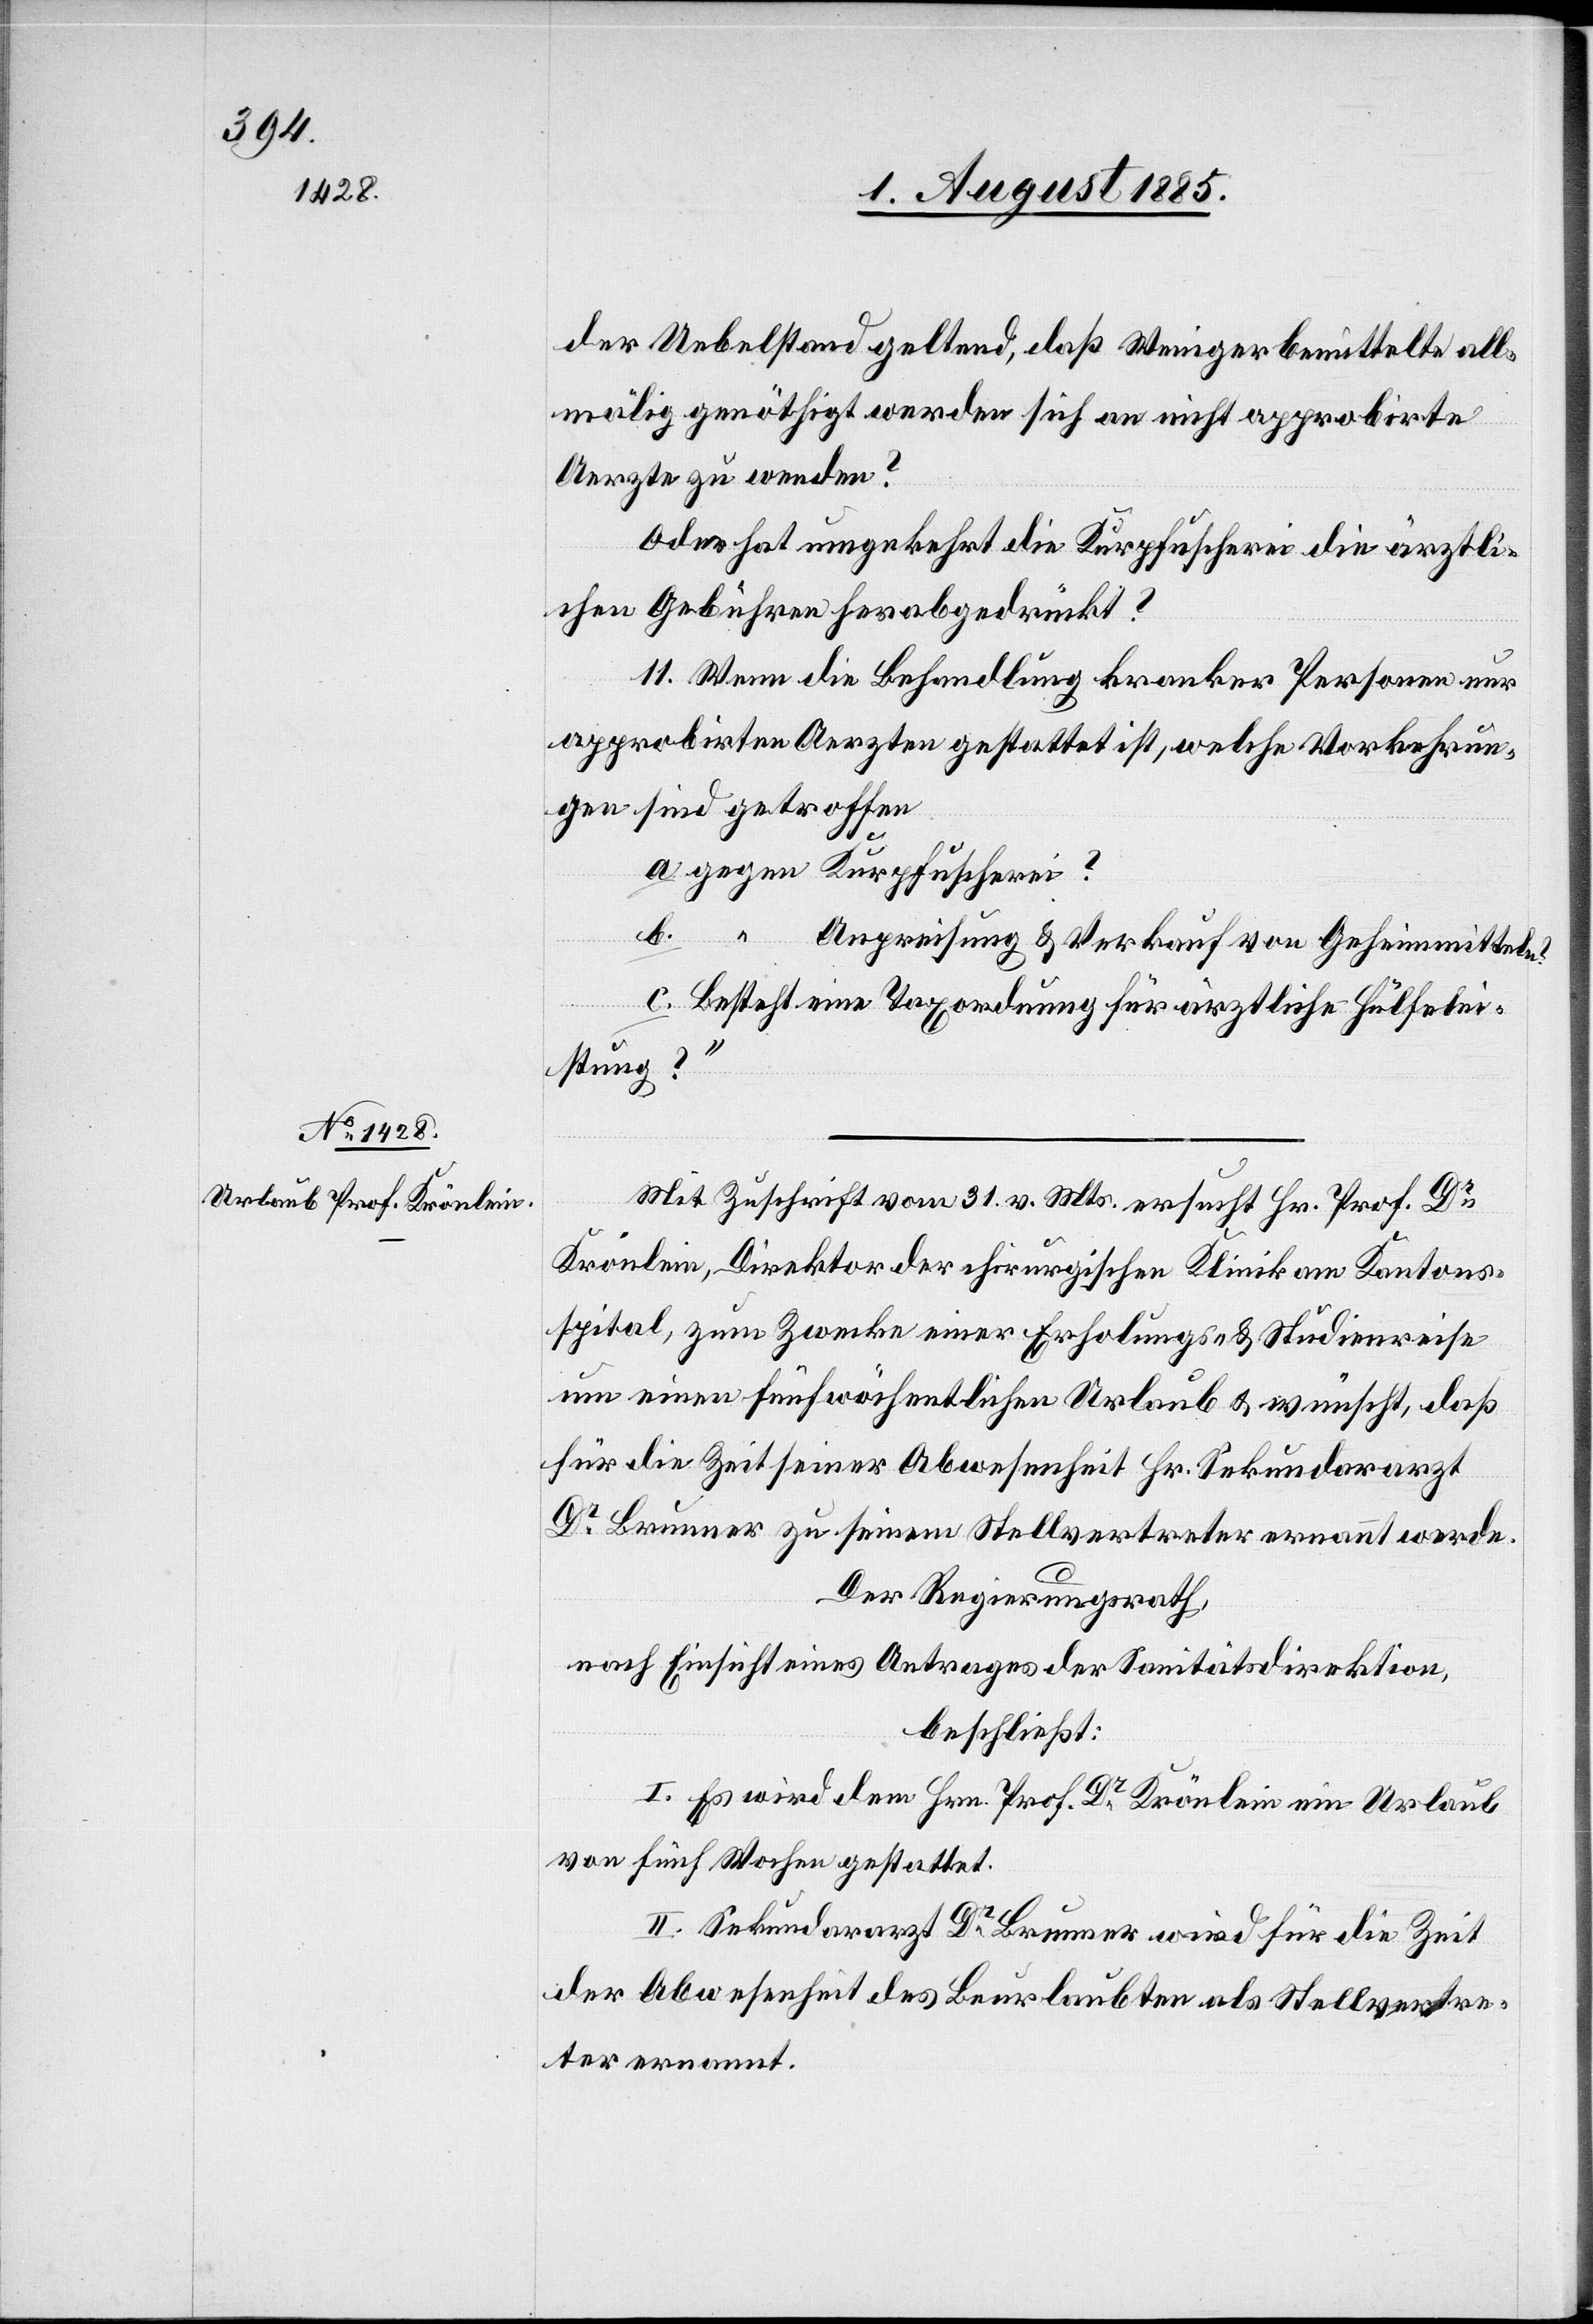
allmälig genöthigt werden sich an nicht approbirte
Aerzte zu wenden?
“
Oder hat umgekehrt die Kurpfuscherei die ärztli¬
chen Gebühren herabgedrückt?
11. Wenn die Behandlung kranker Personen nur
approbirten Aerzten gestattet ist, welche Vorkehrun¬
gen sind getroffen
Anpreisung & Verkauf von Geheimmitteln?
Besteht eine Taxordnung für ärztliche Hülfele¬
istung?
Mit Zuschrift vom 31. v. Mts. ersucht Hr. Prof. Dr
Krönlein, Direktor der chirurgischen Klinik am Kantons¬
spital, zum Zwecke einer Erholungs- & Studienreise
für die Zeit seiner Abwesenheit Hr. Sekundararzt
Dr Brunner zu seinem Stellvertreter ernannt werde.
Der Regierungsrath,
nach Einsicht eines Antrages der Sanitätsdirektion,
beschließt:
I. Es wir dem Hrn. Prof. Dr Krönlein ein Urlaub
von fünf Wochen gestattet.
II. Sekundararzt Dr Brunner wird für die Zeit
der Abwesenheit des Beurlaubten als Stellvertre¬
ter ernannt.